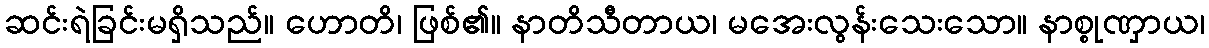
ဆင်းရဲခြင်းမရှိသည်။ ဟောတိ၊ ဖြစ်၏။ နာတိသီတာယ၊ မအေးလွန်းသေးသော။ နာစ္စုဏှာယ၊